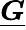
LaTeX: \underline{{\boldsymbol{G}}}